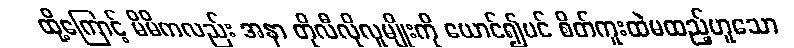
ထို့ကြောင့် မိမိကလည်း အနာ တိုလီလိုလူမျိုးကို ယောင်၍ပင် စိတ်ကူးထဲမထည့်ဟူသော